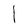
Character: 1